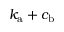
k _ { \mathrm { a } } + c _ { \mathrm { b } }